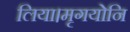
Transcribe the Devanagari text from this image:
लिया।मृगयोनि